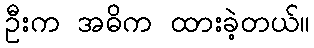
ဦးက အဓိက ထားခဲ့တယ်။